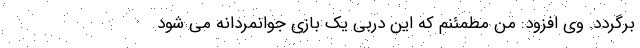
برگردد. وی افزود: من مطمئنم که این دربی یک بازی جوانمردانه می شود